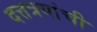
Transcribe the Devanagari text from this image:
दत्तत्रयांची